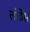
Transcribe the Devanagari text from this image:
लोर्डेस